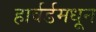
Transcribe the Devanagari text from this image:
हार्वर्डमधून